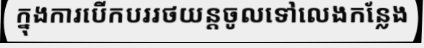
ក្នុងការបើកបររថយន្តចូលទៅលេងកន្លែង